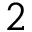
2